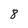
Character: 8